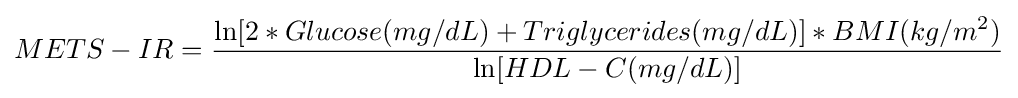
METS-IR={\frac {\ln[2*Glucose(mg/dL)+Triglycerides(mg/dL)]*BMI(kg/m^{2})}{\ln[HDL-C(mg/dL)]}}